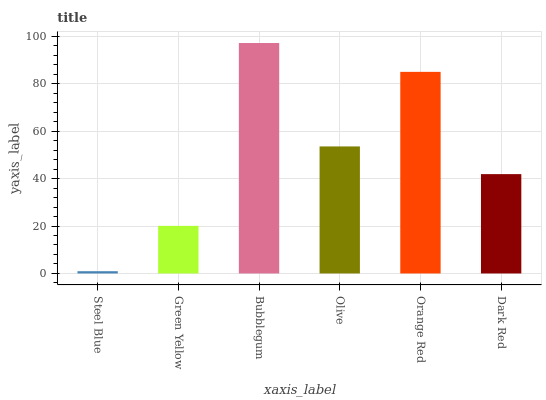
| xaxis_label | bars |
 | --- | --- |
 | Steel Blue | 0.95 |
 | Green Yellow | 20.1 |
 | Bubblegum | 97.1 |
 | Olive | 53.5 |
 | Orange Red | 84.9 |
 | Dark Red | 41.9 |